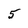
Character: 5